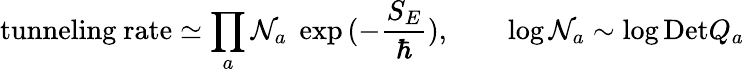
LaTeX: \mathrm{tunneling~rate}\simeq\prod_{a}{\cal N}_{a}\; \exp{(-\frac{S_{E}}{\hbar})},\qquad\log{\cal N}_{a}\sim\log\mathrm{Det}Q_{a}